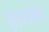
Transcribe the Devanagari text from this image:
घ्राणनेत्रे।